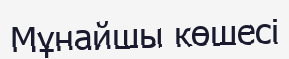
Мұнайшы көшесі